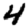
Digit: 4